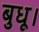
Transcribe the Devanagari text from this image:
बुधू।